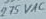
Text: 275VAC